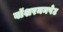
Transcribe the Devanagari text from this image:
वॉशरमनपेट